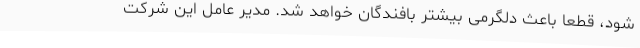
شود، قطعا باعث دلگرمی بیشتر بافندگان خواهد شد. مدیر عامل این شرکت